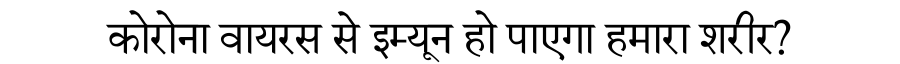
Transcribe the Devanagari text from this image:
कोरोना वायरस से इम्यून हो पाएगा हमारा शरीर?